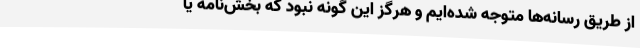
از طریق رسانه‌ها متوجه شده‌ایم و هرگز این گونه نبود که بخش‌نامه یا